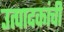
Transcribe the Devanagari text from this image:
उत्पादकांची